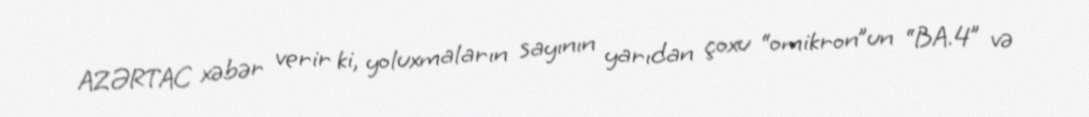
AZƏRTAC xəbər verir ki, yoluxmaların sayının yarıdan çoxu “omikron”un “BA.4” və